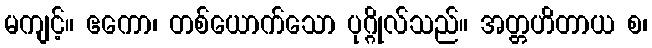
မကျင့်။ ဧကော၊ တစ်ယောက်သော ပုဂ္ဂိုလ်သည်။ အတ္တဟိတာယ စ၊